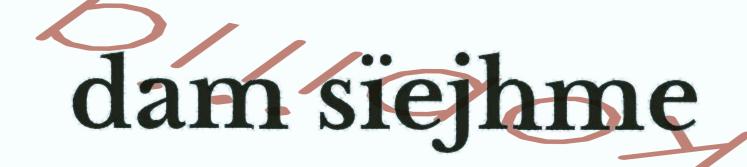
dam sïejhme